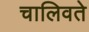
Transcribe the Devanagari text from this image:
चालिवते